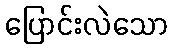
ပြောင်းလဲသော